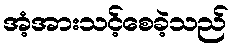
အံ့အားသင့်စေခဲ့သည်